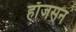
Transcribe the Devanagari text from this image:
हाँजसन